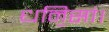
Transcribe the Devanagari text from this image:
धनि॒सां।